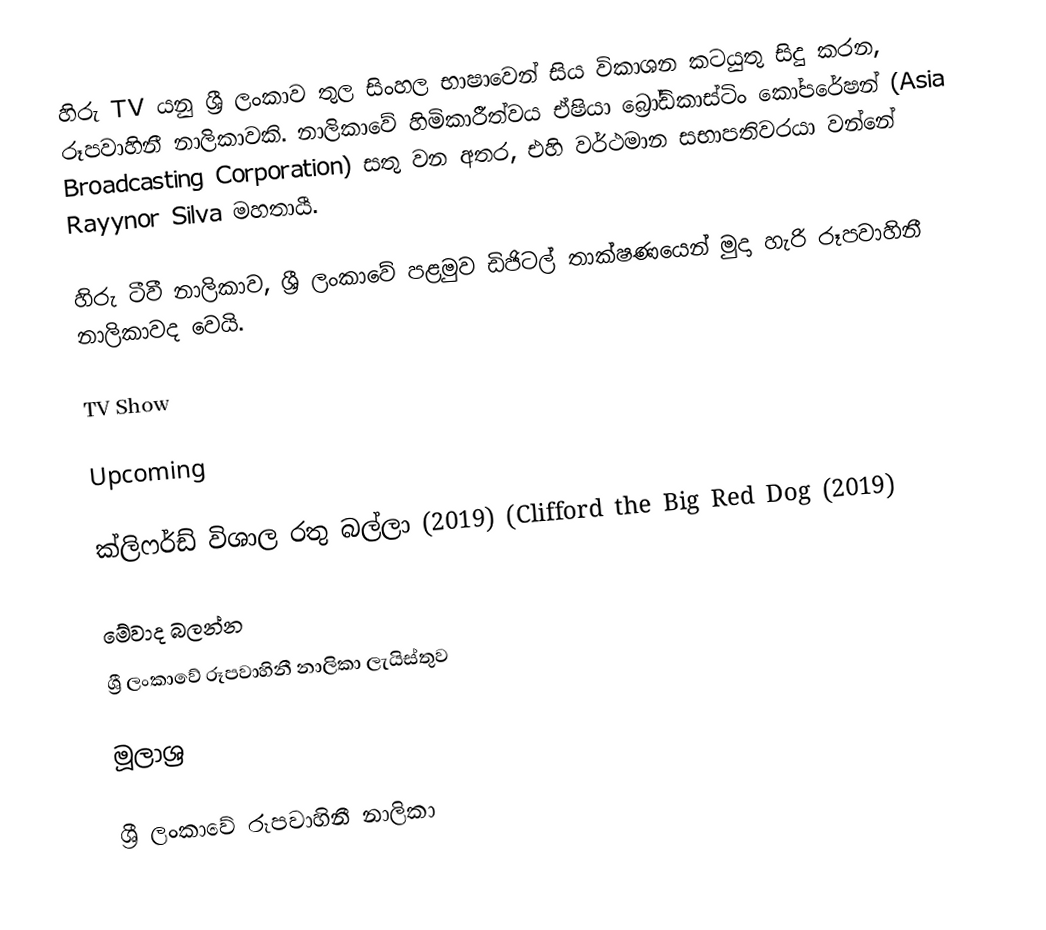
හිරු TV යනු ශ්‍රී ලංකාව තුල සිංහල භාෂාවෙන් සිය විකාශන කටයුතු සිදු කරන, රූපවාහිනී නාලිකාවකි. නාලිකාවේ හිමිකාරීත්වය ඒෂියා බ්‍රෝඩ්කාස්ටිං කෝපරේෂන් (Asia Broadcasting Corporation) සතු වන අතර, එහි වර්ථමාන සභාපතිවරයා වන්නේ Rayynor Silva මහතායී.

හිරු ටීවී නාලිකාව, ශ්‍රී ලංකාවේ පළමුව ඩිජිටල් තාක්ෂණයෙන් මුදා හැරි රූපවාහිනී නාලිකාවද වෙයි.

TV Show

Upcoming

 ක්ලිෆර්ඩ් විශාල රතු බල්ලා (2019) (Clifford the Big Red Dog (2019)

මේවාද බලන්න
 ශ්‍රී ලංකාවේ රූපවාහිනී නාලිකා ලැයිස්තුව

මූලාශ්‍ර

ශ්‍රී ලංකාවේ රූපවාහිනී නාලිකා